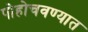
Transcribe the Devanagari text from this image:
पोहोचवण्यात